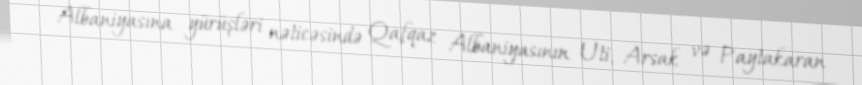
Albaniyasına yürüşləri nəticəsində Qafqaz Albaniyasının Uti, Arsak və Paytakaran